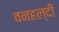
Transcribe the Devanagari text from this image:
वनहल्दी